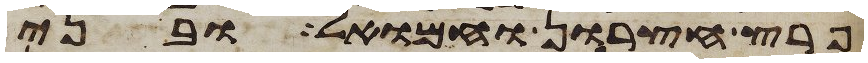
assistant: פרץ חצרון וחמואל ובני